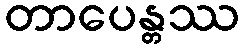
တာပေန္တဿ